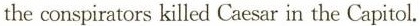
the conspirators killed Caesar in the Capitol.